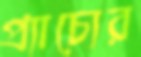
প্র্যাচ্যের